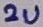
Text: 2u